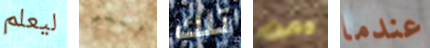
ليعلم أنني تلك ومن عندما